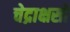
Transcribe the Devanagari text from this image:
चेद्राक्षसो